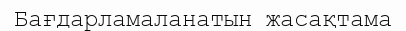
Бағдарламаланатын жасақтама